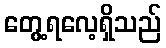
တွေ့ရလေ့ရှိသည်